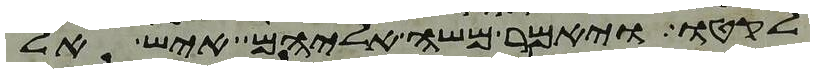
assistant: לקטו ויאמר משה אליהם איש אל